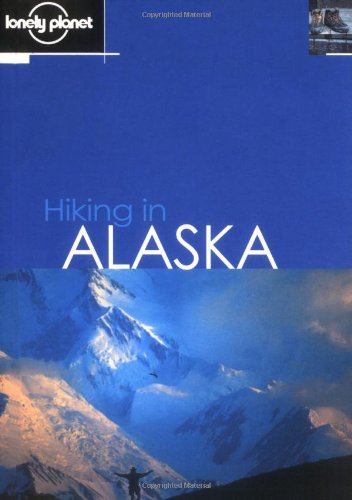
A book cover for Lonely Planet Hiking in Alaska; Jim DuFresne; Travel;